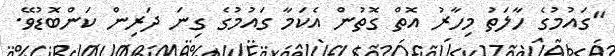
"ގައުމުގެ ހާލަތު މިހާރު އޮތް ގޮތުން އެކަމާ ގައުމުގެ ގިނަ ދަރިން ކަންބޮޑުވޭ.